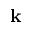
\textbf { k }